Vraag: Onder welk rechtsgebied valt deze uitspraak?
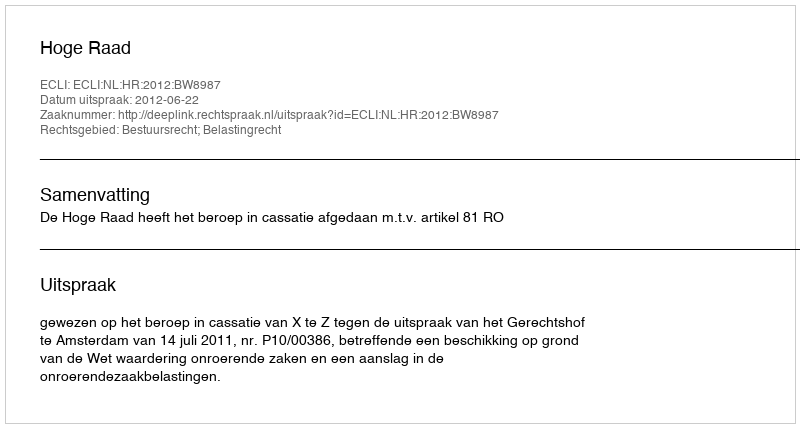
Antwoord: Bestuursrecht; Belastingrecht